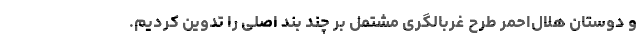
و دوستان هلال‌احمر طرح غربالگری مشتمل بر چند بند اصلی را تدوین کردیم.